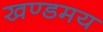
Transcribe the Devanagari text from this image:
खण्डमय